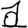
Digit: 1